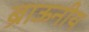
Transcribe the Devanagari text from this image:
ब्राऊनीय